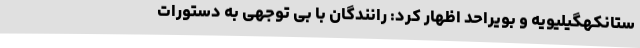
ستانکهگیلیویه و بویراحد اظهار کرد: رانندگان با بی توجهی به دستورات